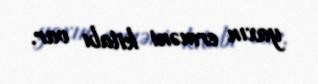
yaxın erməni kitabı var.